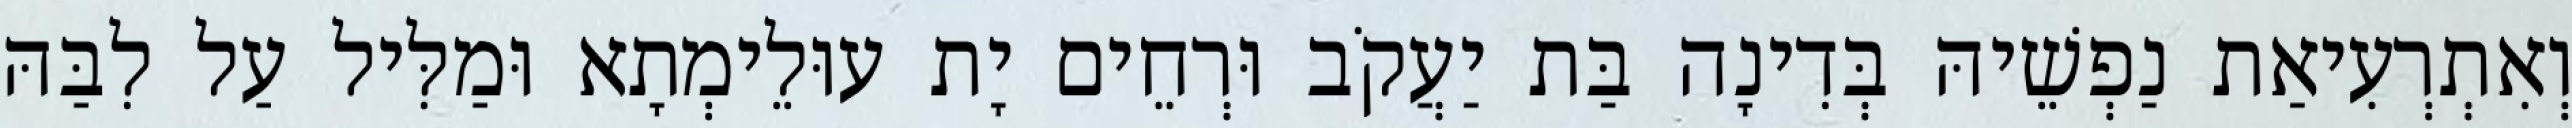
וְאִתְרְעִיאַת נַפְשֵׁיהּ בְּדִינָה בַּת יַעֲקֹב וּרְחֵים יָת עוּלֵימְתָא וּמַלִּיל עַל לִבַּהּ